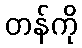
တန်ကို